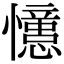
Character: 𭟞